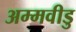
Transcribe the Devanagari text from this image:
अम्मवीडु